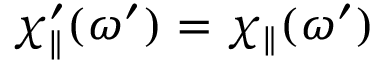
{ \chi _ { \parallel } ^ { \prime } ( \omega ^ { \prime } ) = \chi _ { \parallel } ( \omega ^ { \prime } ) }